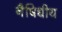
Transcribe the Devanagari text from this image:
नैषिधीय